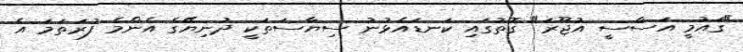
"ގައުމީ އަސާސީ އުޖޫރަ" ގޮތުގައި ކަނޑައެޅުނު ސިޔާސަތަކީ ދުނިޔޭގެ އެންމެ ފުރަތަމަ އެ